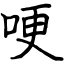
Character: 哽